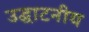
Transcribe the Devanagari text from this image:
उद्घाटनीय